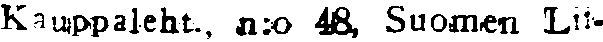
Kauppaleht., n:o 48, Suomen Lii-